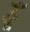
હૂઁ